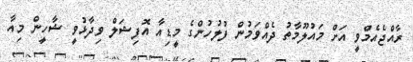
ރާއްޖެއެމްވީ އަށް މައުލޫމާތު ދެއްވަމުން ފުލުހުންގެ މީޑިއާ އޮފިޝަލް ވިދާޅުވީ ޝާހީން މިއާ